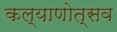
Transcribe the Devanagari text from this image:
कल्‍याणोत्‍सव